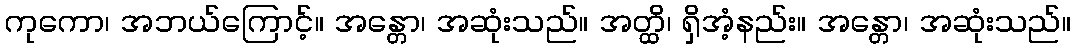
ကုကော၊ အဘယ်ကြောင့်။ အန္တော၊ အဆုံးသည်။ အတ္ထိ၊ ရှိအံ့နည်း။ အန္တော၊ အဆုံးသည်။